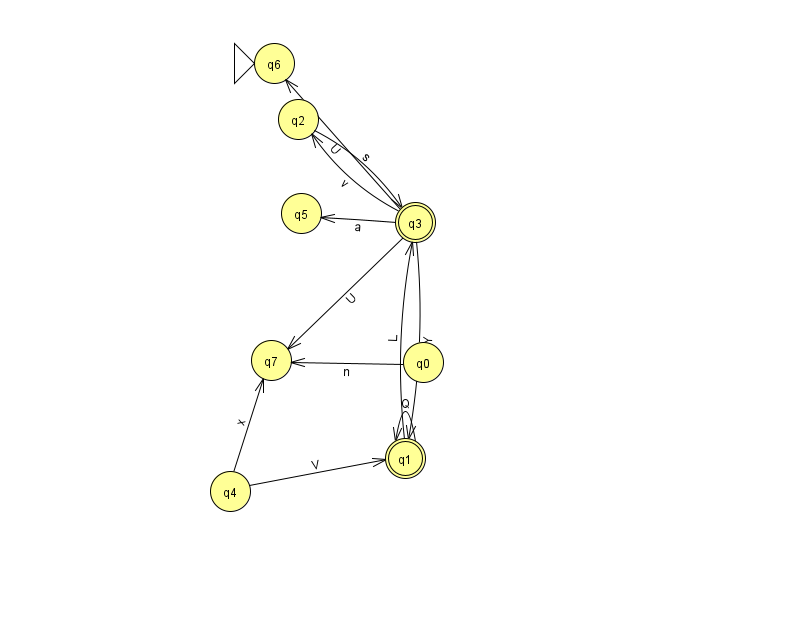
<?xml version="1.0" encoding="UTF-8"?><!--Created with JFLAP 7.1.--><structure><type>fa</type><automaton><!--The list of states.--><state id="0" name="q0"><x>423.0</x><y>349.0</y></state><state id="1" name="q1"><x>405.0</x><y>445.0</y><final/></state><state id="2" name="q2"><x>298.0</x><y>106.0</y></state><state id="3" name="q3"><x>415.0</x><y>209.0</y><final/></state><state id="4" name="q4"><x>230.0</x><y>478.0</y></state><state id="5" name="q5"><x>301.0</x><y>200.0</y></state><state id="6" name="q6"><x>274.0</x><y>50.0</y><initial/></state><state id="7" name="q7"><x>271.0</x><y>347.0</y></state><!--The list of transitions.--><transition><from>0</from><to>7</to><read>n</read></transition><transition><from>1</from><to>1</to><read>Q</read></transition><transition><from>2</from><to>3</to><read>s</read></transition><transition><from>3</from><to>7</to><read>U</read></transition><transition><from>4</from><to>7</to><read>x</read></transition><transition><from>3</from><to>2</to><read>v</read></transition><transition><from>3</from><to>6</to><read>U</read></transition><transition><from>3</from><to>5</to><read>a</read></transition><transition><from>3</from><to>1</to><read>Y</read></transition><transition><from>1</from><to>3</to><read>L</read></transition><transition><from>4</from><to>1</to><read>V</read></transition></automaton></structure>